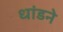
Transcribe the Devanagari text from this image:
धांडने